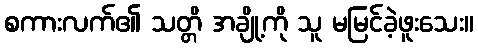
စကားလက်၏ သတ္တိ အချို့ကို သူ မမြင်ခဲ့ဖူးသေး။